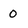
Character: O